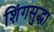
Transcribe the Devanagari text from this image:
शिंगसुद्धा